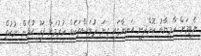
އެޓީމަށް ކާމިޔާބު ކޮށްދިނީ އަނިޔާގައި ގިނަ ދުވަސްތަކެއް ހުރުމަށް ފަހު ކުޅެން ނުކުތް